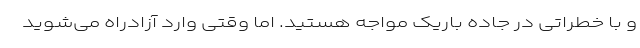
و با خطراتی در جاده باریک مواجه هستید. اما وقتی وارد آزادراه می‌شوید